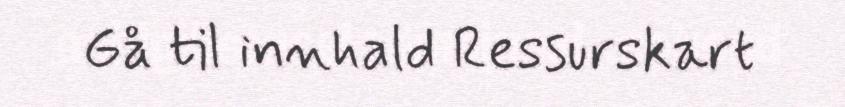
Gå til innhald Ressurskart